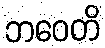
ဘဝေတိ